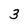
Character: 3